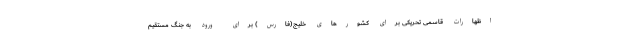
اظهارات قاسمی تحریکی برای کشورهای خلیج(فارس) برای ورود به جنگ مستقیم